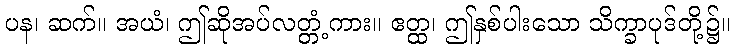
ပန၊ ဆက်။ အယံ၊ ဤဆိုအပ်လတ္တံ့ကား။ ဧတ္ထ၊ ဤနှစ်ပါးသော သိက္ခာပုဒ်တို့၌။